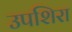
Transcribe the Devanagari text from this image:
उपशिरा